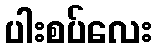
ပါးစပ်လေး